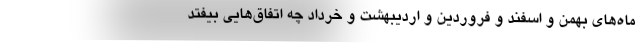
ماه‌های بهمن و اسفند و فروردین و اردیبهشت و خرداد چه اتفاق‌هایی بیفتد